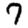
Digit: 7